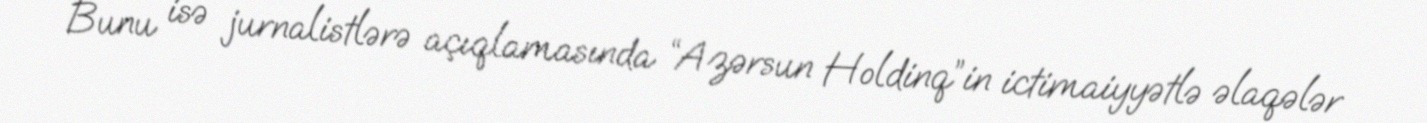
Bunu isə jurnalistlərə açıqlamasında “Azərsun Holdinq”in ictimaiyyətlə əlaqələr